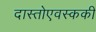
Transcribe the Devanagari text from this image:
दास्तोएवस्ककी